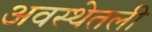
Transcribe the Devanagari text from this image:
अवस्थेतली